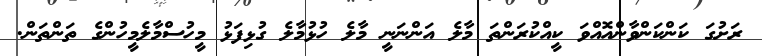
ރަށުގަ ކަންކަންވާންއޮއްވަ ކީއްކުރަންތަ މާލެ އަންނަނީ މާލެ ހުޅުމާލެ ގުޅިފަޅު މީހުސްމާލެމީހުންގެ ތަންތަން.